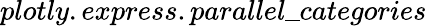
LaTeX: plotly.express.parallel\_ categories